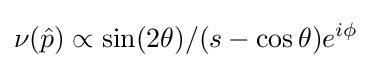
\nu ({\hat {p}})\propto {\sin(2\theta )}/({s-\cos {\theta }})e^{i\phi }